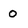
Character: 0